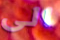
الى